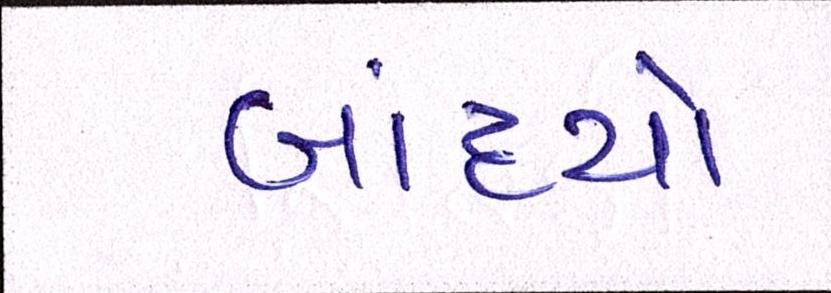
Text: બાંધ્યો